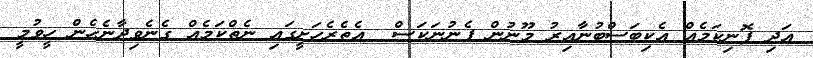
އަދި ފޮނިކަމެއް އެކިބަސްބުނާއިރު މޫނުން ފެނުނަކަސް  އެތެރެހަށީގައި ނެތްކަމެއް ގެނެވިދާނެހެން ހީވުމީ